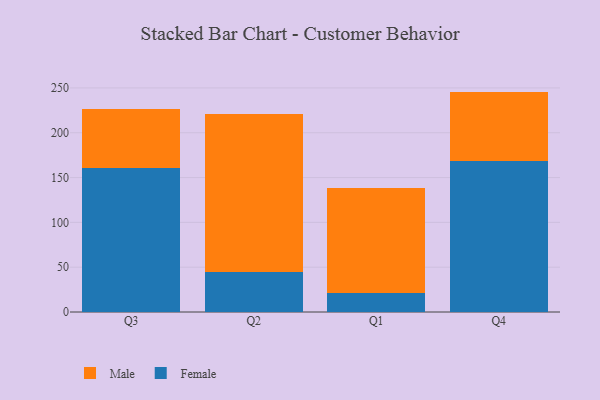
{"axis": {"x": "Quarter", "y": "Backlog"}, "legend": ["Female", "Male"], "data": [{"x": "Q3", "y": 161.1, "type": "Female"}, {"x": "Q3", "y": 65.6, "type": "Male"}, {"x": "Q2", "y": 44.7, "type": "Female"}, {"x": "Q2", "y": 176.4, "type": "Male"}, {"x": "Q1", "y": 21.3, "type": "Female"}, {"x": "Q1", "y": 117.5, "type": "Male"}, {"x": "Q4", "y": 168.0, "type": "Female"}, {"x": "Q4", "y": 77.9, "type": "Male"}]}